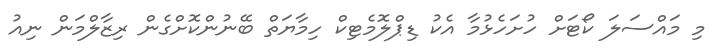
މި މައްސަލަ ކޯޓަށް ހުށަހެޅުމާ އެކު ޑިޕްލޮމެޓިކް ހިމާޔަތް ބޭނުންކޮށްގެން ރިޒާލްމަން ނިއު